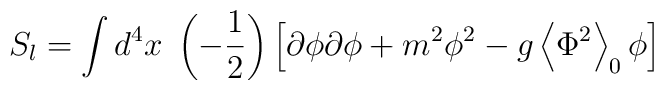
S_l=\int d^4x\;\left( -\frac 12\right) \left[ \partial \phi \partial \phi+m^2\phi ^2-g\left\langle \Phi ^2\right\rangle _0\phi \right]